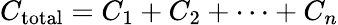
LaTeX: C_{\mathrm{total}}=C_{1}+C_{2}+\cdots+C_{n}